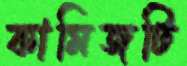
কামিজটি